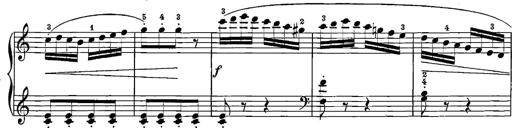
Title: 12 Sonatinas
Composer: Ignaz Pleyel